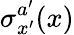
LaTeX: \sigma_{x^{\prime}}^{a^{\prime}}(x)